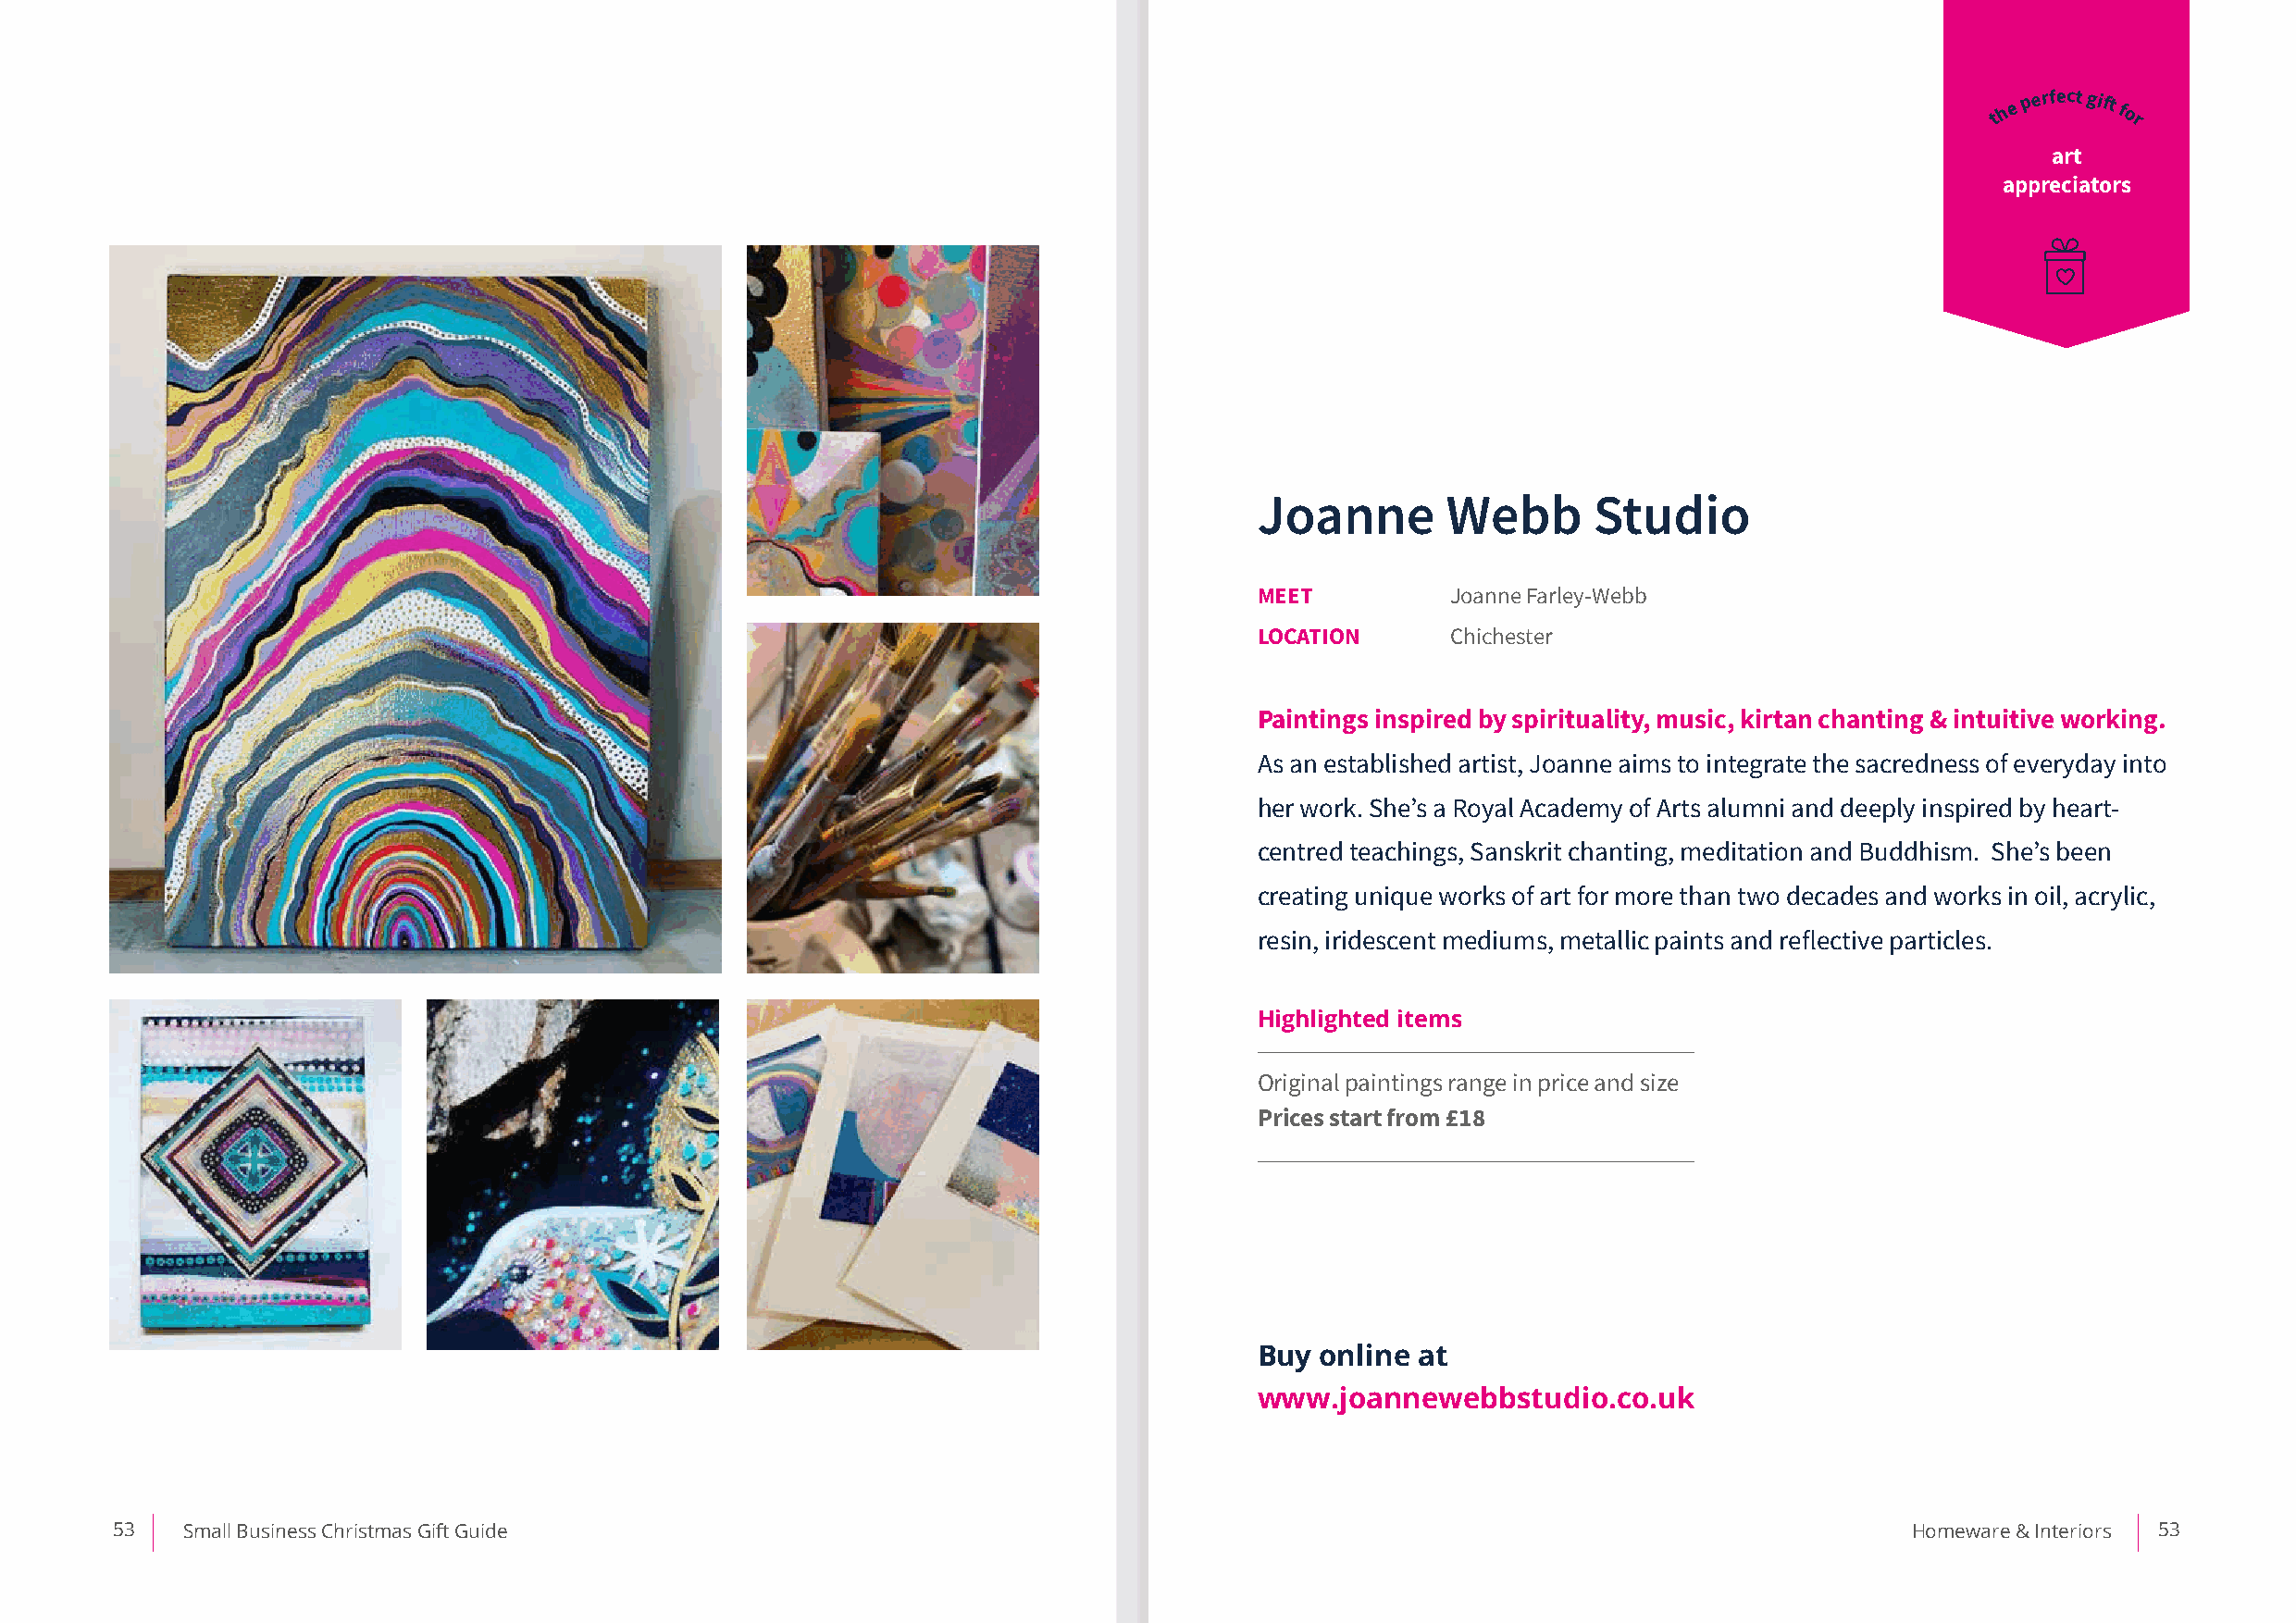
th e p erfect gift for
 art
 appreciators
 Joanne       Webb       Studio
 MEET          Joanne Farley-Webb
 LOCATION      Chichester
 Paintings inspired by spirituality, music, kirtan chanting & intuitive working.
 As an established artist, Joanne aims to integrate the sacredness of everyday into
 her work. She’s a Royal Academy of Arts alumni and deeply inspired by heart-
 centred teachings, Sanskrit chanting, meditation and Buddhism. She’s been
 creating unique works of art for more than two decades and works in oil, acrylic,
 resin, iridescent mediums, metallic paints and reflective particles.
 Highlighted items
 Original paintings range in price and size
 Prices start from £18
 Buy online at
 www.joannewebbstudio.co.uk
 53   Small Business Christmas Gift Guide                                                                                         Homeware & Interiors 53